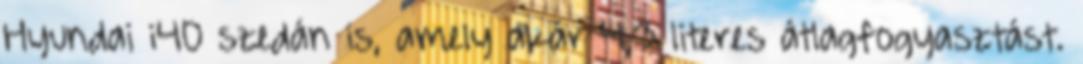
Hyundai i40 szedán is, amely akár 4,3 literes átlagfogyasztást.